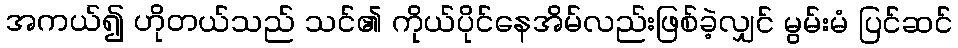
အကယ်၍ ဟိုတယ်သည် သင်၏ ကိုယ်ပိုင်နေအိမ်လည်းဖြစ်ခဲ့လျှင် မွမ်းမံ ပြင်ဆင်